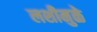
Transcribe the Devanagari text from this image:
लशीमुळे